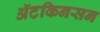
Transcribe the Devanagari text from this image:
अॅटकिनसन